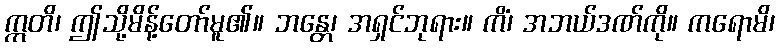
ဣတိ၊ ဤသို့မိန့်တော်မူ၏။ ဘန္တေ၊ အရှင်ဘုရား။ ကိံ၊ အဘယ်ဒဏ်ကို။ ကရောမိ၊